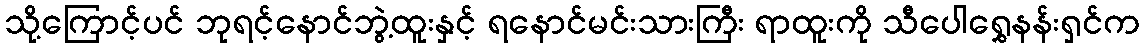
သို့ကြောင့်ပင် ဘုရင့်နောင်ဘွဲ့ထူးနှင့် ရနောင်မင်းသားကြီး ရာထူးကို သီပေါရွှေနန်းရှင်က